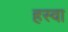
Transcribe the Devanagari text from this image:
हस्वा